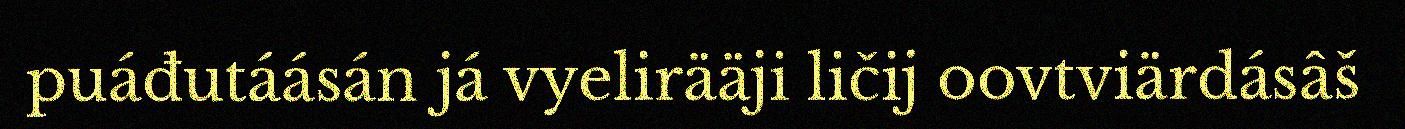
puáđutáásán já vyelirääji ličij oovtviärdásâš